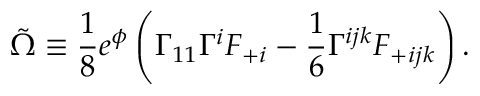
\tilde { \Omega } \equiv { \frac { 1 } { 8 } } e ^ { \phi } \left( \Gamma _ { 1 1 } \Gamma ^ { i } F _ { + i } - { \frac { 1 } { 6 } } \Gamma ^ { i j k } F _ { + i j k } \right) .